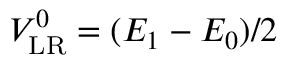
V _ { \mathrm { L R } } ^ { 0 } = ( E _ { 1 } - E _ { 0 } ) / 2